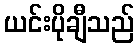
ယင်းပိုချီသည်